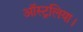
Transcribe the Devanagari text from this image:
ऑस्ट्रलिया।